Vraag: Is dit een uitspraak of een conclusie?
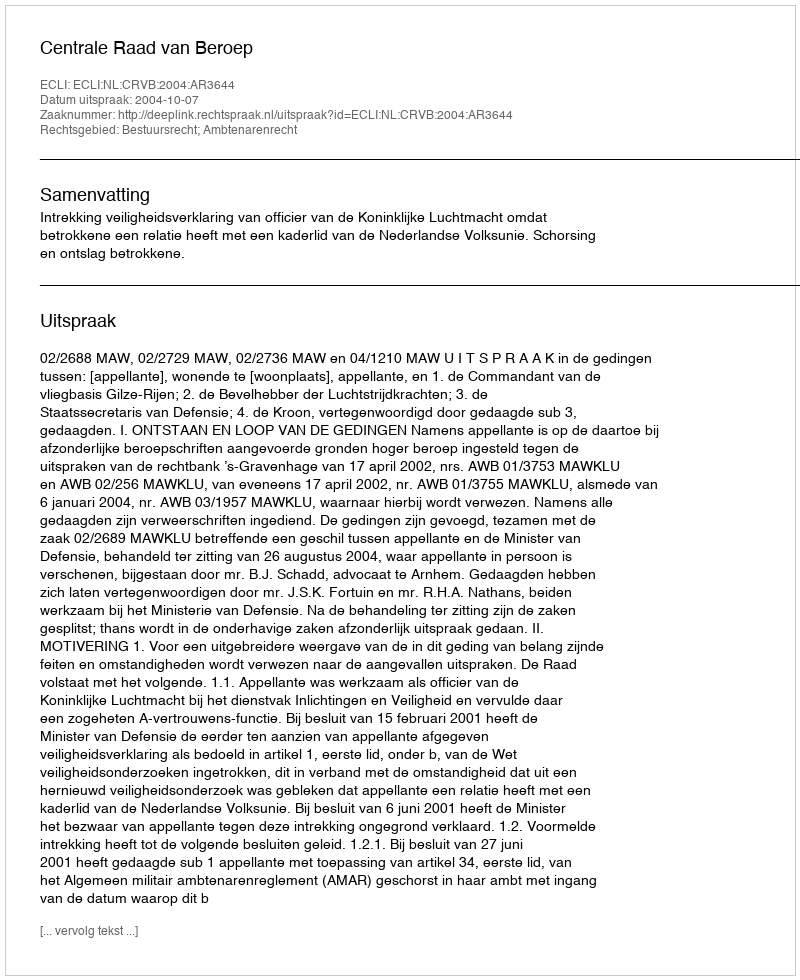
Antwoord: Uitspraak